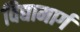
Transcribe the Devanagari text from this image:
विद्यामार्ग